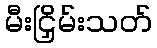
မီးငြှိမ်းသတ်